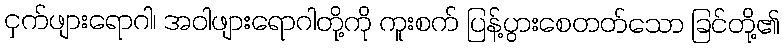
ငှက်ဖျားရောဂါ၊ အဝါဖျားရောဂါတို့ကို ကူးစက် ပြန့်ပွားစေတတ်သော ခြင်တို့၏